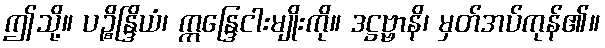
ဤသို့။ ပဉ္စိန္ဒြိယံ၊ ဣန္ဒြေငါးမျိုးကို။ ဒဋ္ဌဗ္ဗာနိ၊ မှတ်အပ်ကုန်၏။